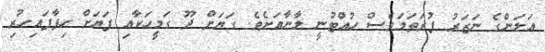
އަލަންގެ ނަޒަރު ފުރަތަމަވެސް ހުއްޓުނީ ލާނާއަށެވެ. ގަޔަށް ދޫ ގަމީހަކާއި ފަޔަށް ހިފާފައިހުރި